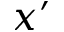
x ^ { \prime }